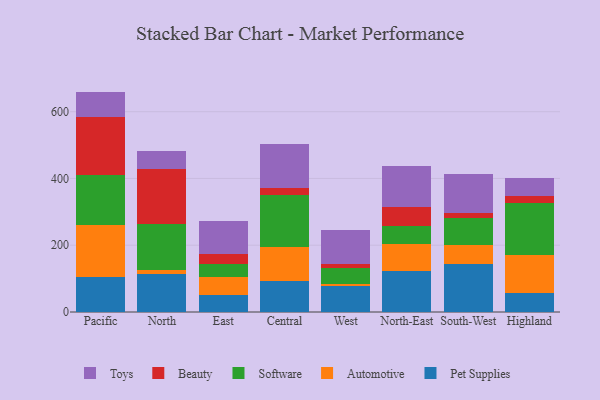
{"axis": {"x": "Region", "y": "Bounce Rate (%)"}, "legend": ["Automotive", "Beauty", "Pet Supplies", "Software", "Toys"], "data": [{"x": "Pacific", "y": 103.7, "type": "Pet Supplies"}, {"x": "Pacific", "y": 155.6, "type": "Automotive"}, {"x": "Pacific", "y": 150.1, "type": "Software"}, {"x": "Pacific", "y": 173.9, "type": "Beauty"}, {"x": "Pacific", "y": 76.9, "type": "Toys"}, {"x": "North", "y": 113.1, "type": "Pet Supplies"}, {"x": "North", "y": 13.4, "type": "Automotive"}, {"x": "North", "y": 138.6, "type": "Software"}, {"x": "North", "y": 164.6, "type": "Beauty"}, {"x": "North", "y": 53.5, "type": "Toys"}, {"x": "East", "y": 51.0, "type": "Pet Supplies"}, {"x": "East", "y": 53.4, "type": "Automotive"}, {"x": "East", "y": 40.4, "type": "Software"}, {"x": "East", "y": 27.8, "type": "Beauty"}, {"x": "East", "y": 100.3, "type": "Toys"}, {"x": "Central", "y": 92.4, "type": "Pet Supplies"}, {"x": "Central", "y": 101.3, "type": "Automotive"}, {"x": "Central", "y": 157.0, "type": "Software"}, {"x": "Central", "y": 19.5, "type": "Beauty"}, {"x": "Central", "y": 134.1, "type": "Toys"}, {"x": "West", "y": 76.9, "type": "Pet Supplies"}, {"x": "West", "y": 7.9, "type": "Automotive"}, {"x": "West", "y": 46.6, "type": "Software"}, {"x": "West", "y": 13.8, "type": "Beauty"}, {"x": "West", "y": 100.9, "type": "Toys"}, {"x": "North-East", "y": 122.4, "type": "Pet Supplies"}, {"x": "North-East", "y": 82.7, "type": "Automotive"}, {"x": "North-East", "y": 53.3, "type": "Software"}, {"x": "North-East", "y": 55.9, "type": "Beauty"}, {"x": "North-East", "y": 122.6, "type": "Toys"}, {"x": "South-West", "y": 144.2, "type": "Pet Supplies"}, {"x": "South-West", "y": 57.9, "type": "Automotive"}, {"x": "South-West", "y": 79.8, "type": "Software"}, {"x": "South-West", "y": 14.7, "type": "Beauty"}, {"x": "South-West", "y": 117.7, "type": "Toys"}, {"x": "Highland", "y": 58.4, "type": "Pet Supplies"}, {"x": "Highland", "y": 111.0, "type": "Automotive"}, {"x": "Highland", "y": 156.9, "type": "Software"}, {"x": "Highland", "y": 21.1, "type": "Beauty"}, {"x": "Highland", "y": 54.4, "type": "Toys"}]}